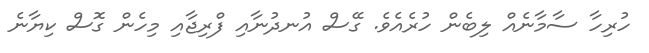
ހުރިހާ ސާމާނެއް ލިބެން ހުރެއެވެ. ގޭސް އުނދުނާއި ފްރިޖާއި މިހެން ގޮސް ކިޔާނެ